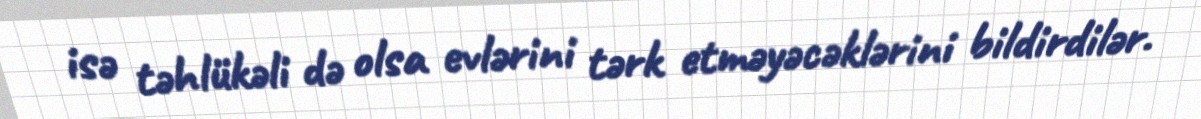
isə təhlükəli də olsa evlərini tərk etməyəcəklərini bildirdilər.